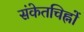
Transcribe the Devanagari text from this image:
संकेतचिह्नों